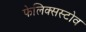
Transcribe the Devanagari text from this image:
फेलिक्सस्टोव